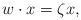
LaTeX: \begin{align*}w\cdot x=\zeta x,\end{align*}